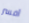
أفسر